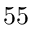
5 5